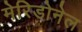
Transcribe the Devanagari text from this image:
मेरिडोनेल